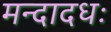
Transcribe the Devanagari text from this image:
मन्दादधः